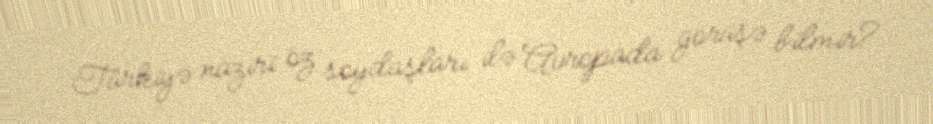
Türkiyə naziri öz soydaşları ilə Avropada görüşə bilmir?.